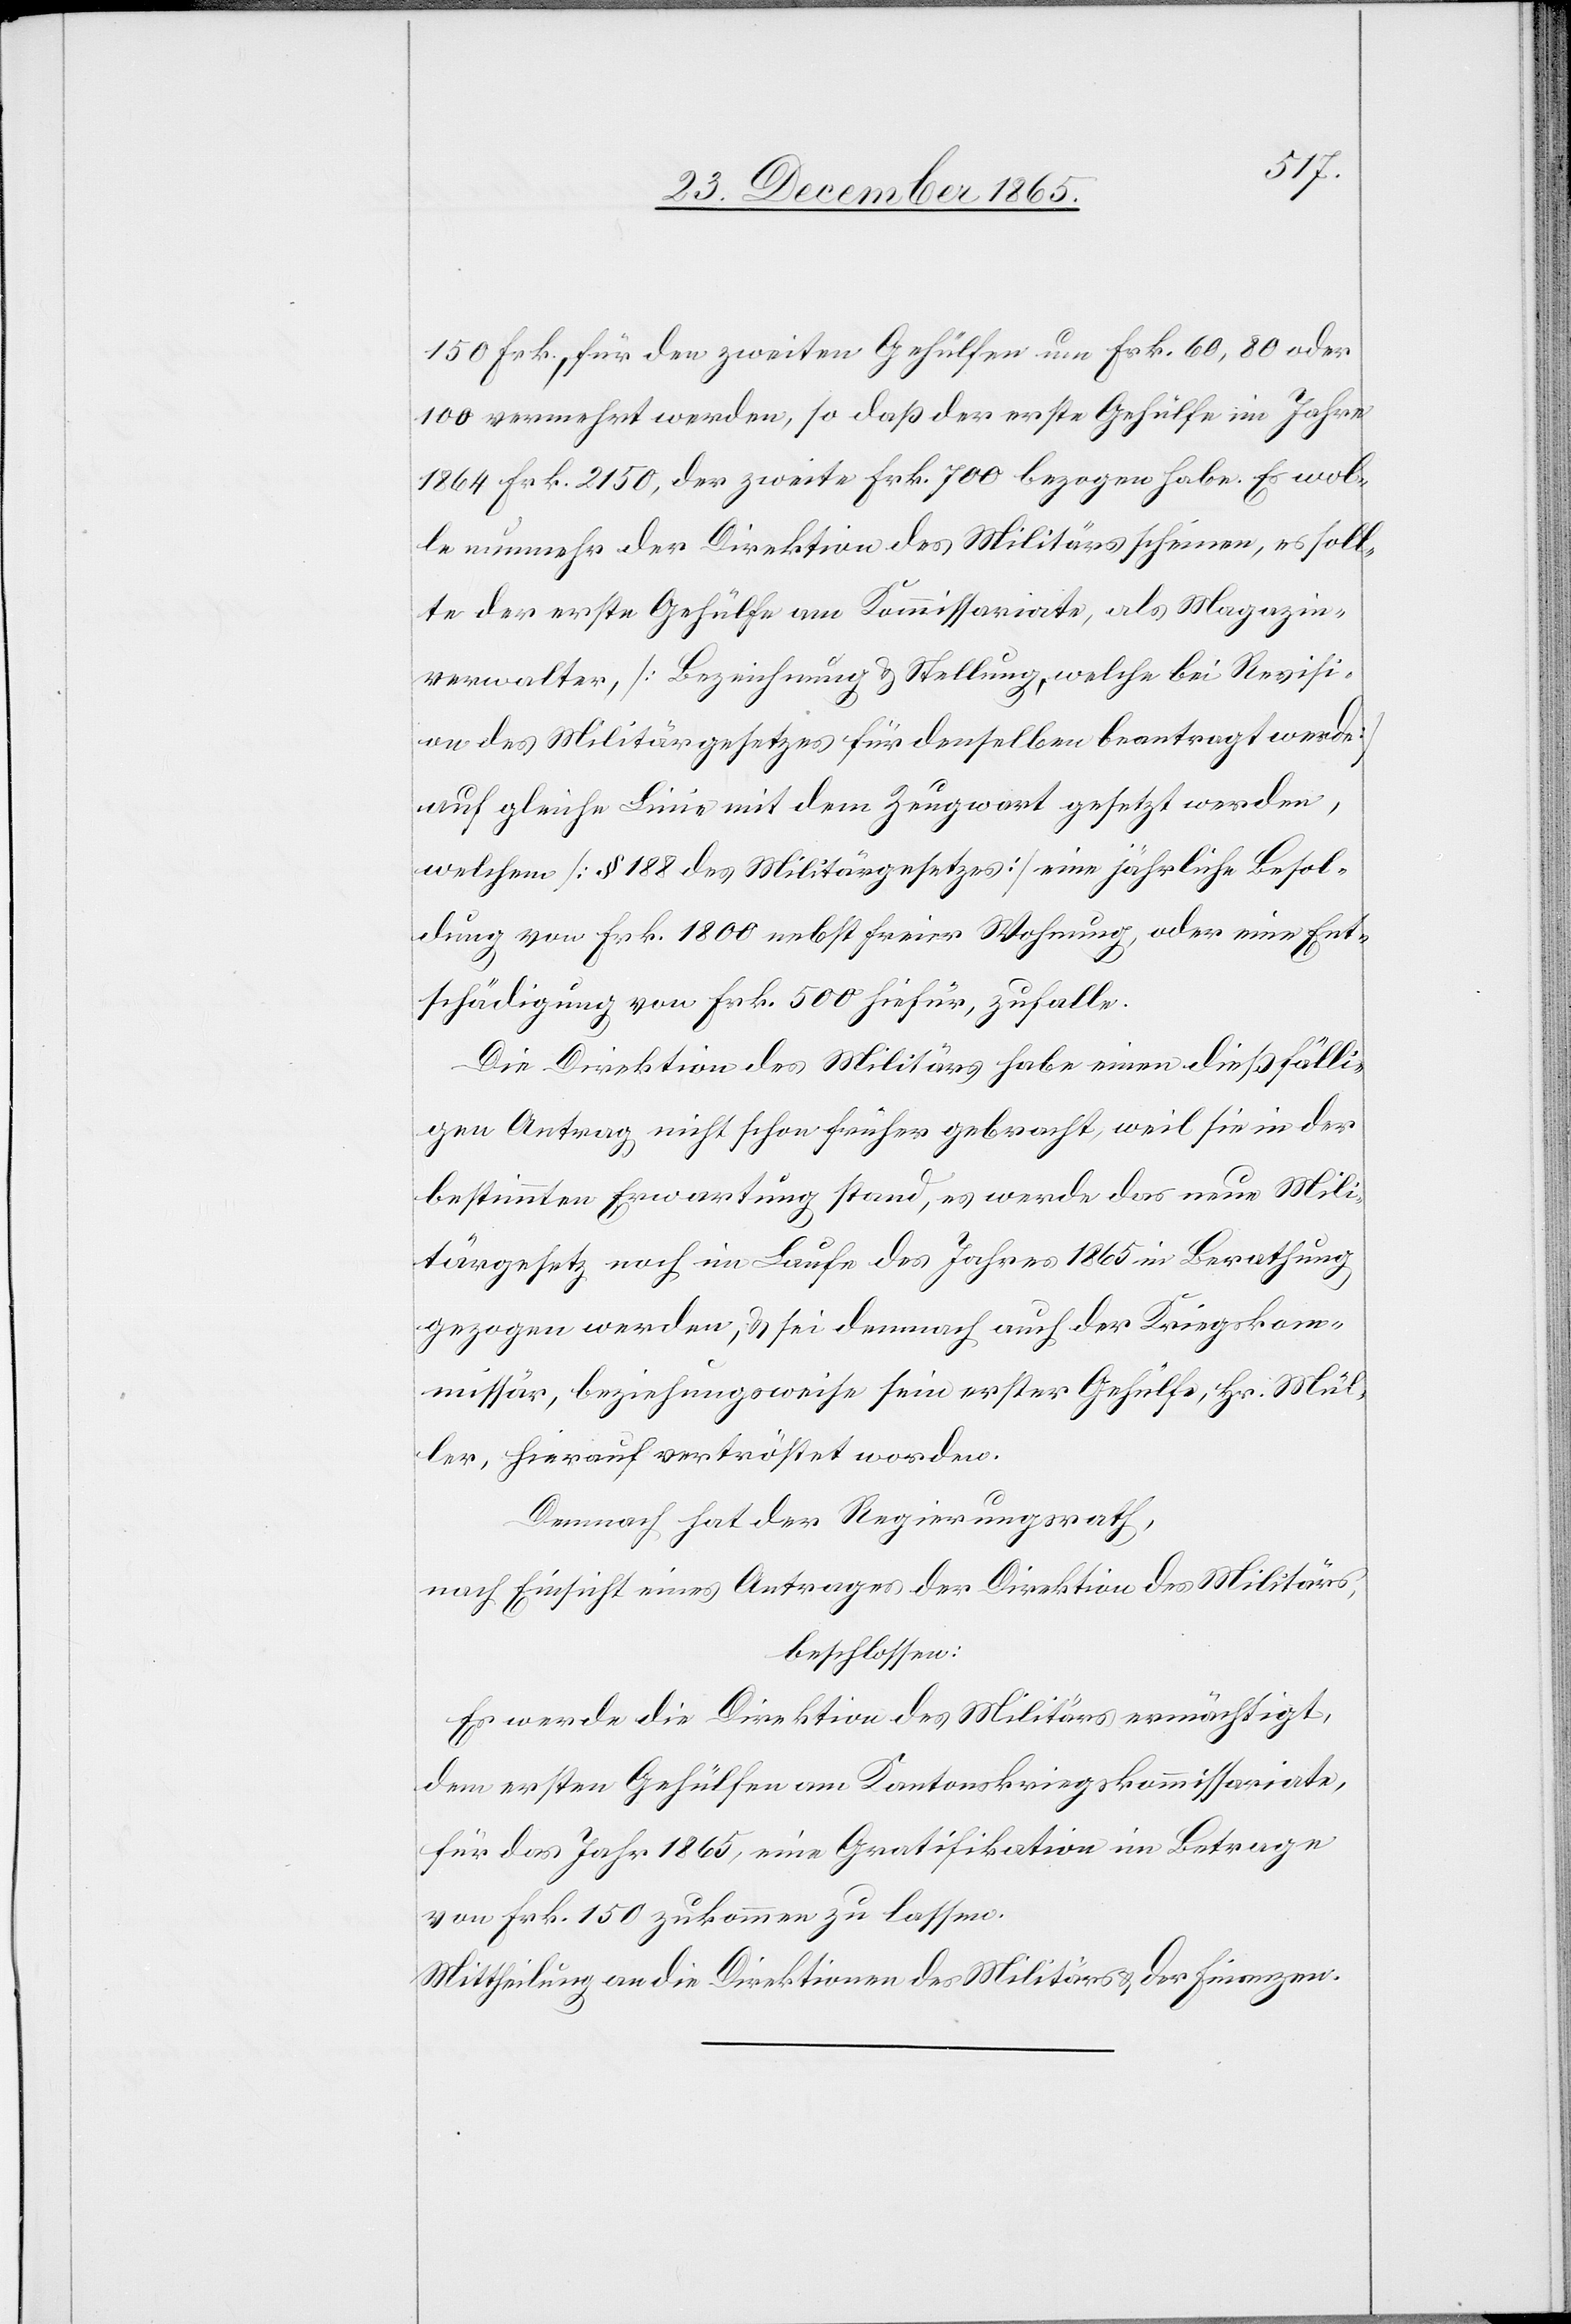
150 Frk., für den zweiten Gehülfen um Frk. 60, 80 oder
100 vermehrt werden, so daß der erste Gehülfe im Jahre
1864 Frk. 2150. der zweite Frk. 700 bezogen habe. Es wol¬
le nunmehr der Direktion des Militärs scheinen, es soll¬
te der erste Gehülfe am Kommissariate, als Magazin¬
verwalter, [Bezeichnung & Stellung, welche bei Revisi¬
on des Militärgesetzes für denselben beantragt werde]
auf gleiche Linie mit dem Zeugwart gesetzt werden,
welchem [§ 188 des Militärgesetzes] eine jährliche Besol¬
dung von Frk. 1800 nebst seiner Wohnung, oder eine Ent¬
schädigung von Frk. 500 hiefür, zufalle.
Die Direktion des Militärs habe einen dießfälli¬
gen Antrag nicht schon früher gebracht, weil sie in der
bestimmten Erwartung stand, es werde das neue Mili¬
tärgesetz noch im Laufe des Jahres 1865 in Berathung
gezogen werden, & sei demnach auch der Kriegskom¬
missär, beziehungsweise sein erster Gehülfe, Hr. Mül¬
ler, hierauf vertröstet worden.
Demnach hat der Regierungsrath,
nach Einsicht eines Antrages der Direktion des Militärs,
beschlossen:
Es werde die Direktion des Militärs ermächtigt,
dem ersten Gehülfen am Kantonskriegskommissariate,
für das Jahr 1865, eine Gratifikation im Betrage
von Frk. 150 zukommen zu lassen.
Mittheilung an die Direktionen des Militärs & der Finanzen.